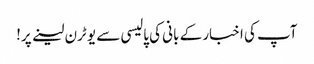
آپ کی اخبار کے بانی کی پالیسی سے یو ٹرن لینے پر!